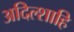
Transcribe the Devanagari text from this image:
अदिल्शाहि